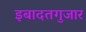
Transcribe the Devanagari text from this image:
इबादतगुजार